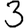
Digit: 3